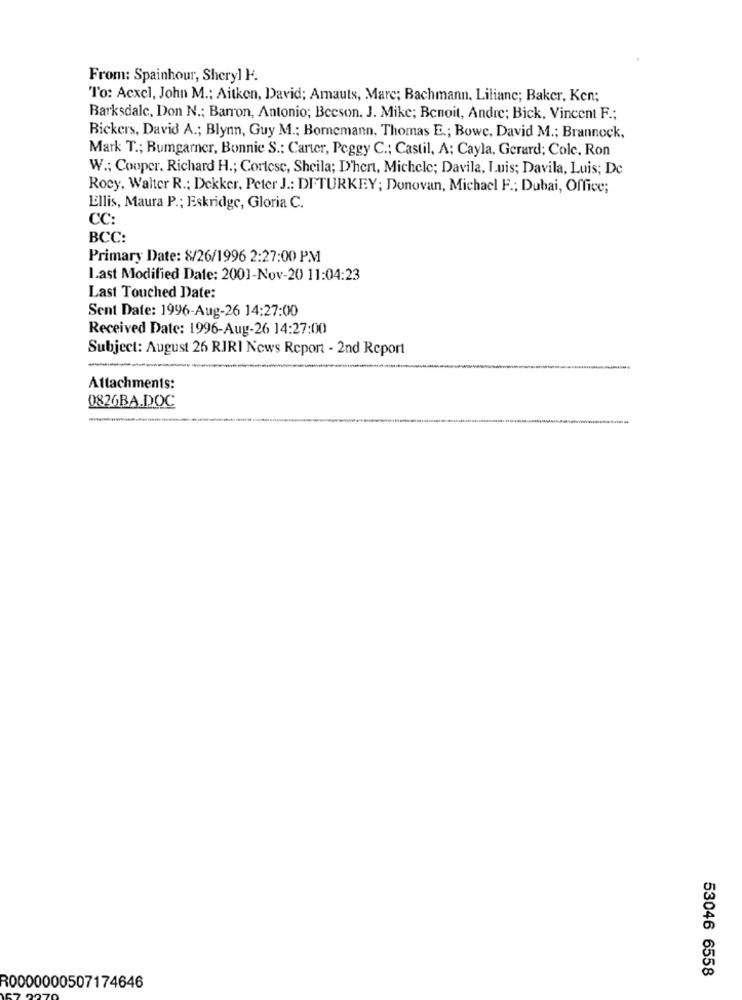
From: Spainhour, Sheryl H.
"To: Acxcl, John M .: Aitken, David; Amauts, Mare; Bachmann, Liliane; Baker, Ken;
Barksdale, Don N .; Barron, Antonio; Beeson, J. Mike; Benoit, Andre; Bick, Vincent F .;
Bickers, David A .; Blynn, Guy M .; Bomemann, Thomas E .; Bowe, David M .; Brannock,
Mark T .; Bumgarner, Bonnie S .: Carter, Peggy C .; Castil, A; Cayla, Gerard; Cole, Ron
W .; Cooper. Richard H .; Cortese, Sheila; D'hert, Michele; Davila, Luis; Davila, Luis; De
Rocy, Walter R .; Dekker, Peter J .: DFTURKEY; Donovan, Michael F .; Dubai, Office;
Ellis, Maura P .; Eskridge, Gloria C.
CC:
BCC:
Primary Date: 8/26/1996 2:27:00 PM
Last Modified Date: 2001-Nov-20 11:04:23
Last Touched Date:
Sent Date: 1996-Aug-26 14:27:00
Received Date: 1996-Aug-26 14:27:00
Subject: August 26 RIRI News Report - 2nd Report
------
Attachments:
0826BA.DOC
53046 6558
R0000000507174646